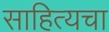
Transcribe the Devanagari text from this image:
साहित्यचा